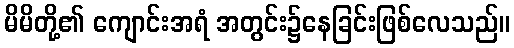
မိမိတို့၏ ကျောင်းအရံ အတွင်း၌နေခြင်းဖြစ်လေသည်။